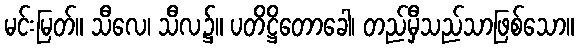
မင်းမြတ်။ သီလေ၊ သီလ၌။ ပတိဋ္ဌိတောခေါ၊ တည်မှီသည်သာဖြစ်သော။